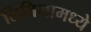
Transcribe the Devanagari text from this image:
लिबियामध्ये